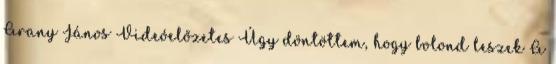
Arany János Videóelőzetes Úgy döntöttem, hogy bolond leszek A